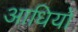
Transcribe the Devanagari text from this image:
आधियों